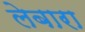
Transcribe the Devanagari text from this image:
लेबारा